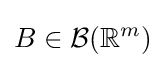
B\in {\mathcal {B}}(\mathbb {R} ^{m})